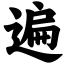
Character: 遍